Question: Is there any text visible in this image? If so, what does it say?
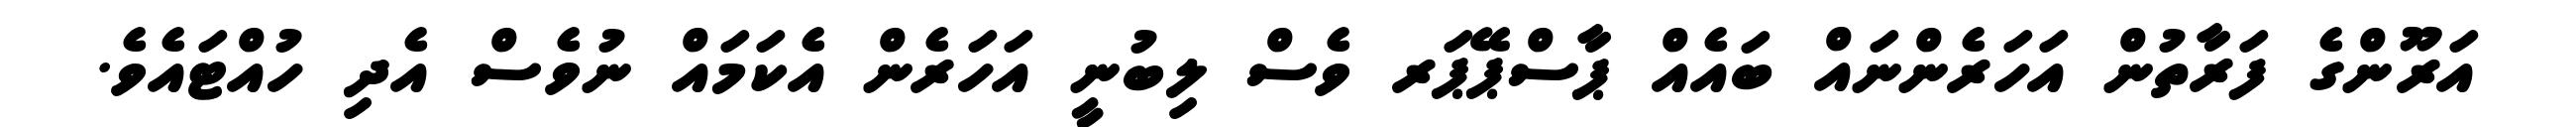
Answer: އަރޫންގެ ފަރާތުން އަހަރެންނައް ބައެއް ޕާސްޕޭޕަރ ވެސް ލިބުނީ އަހަރެން އެކަމައް ނުވެސް އެދި ހުއްޓައެވެ.